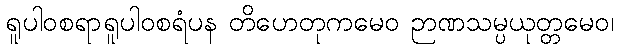
ရူပါဝစရာရူပါဝစရံပန တိဟေတုကမေဝ ဉာဏသမ္ပယုတ္တမေဝ၊